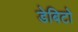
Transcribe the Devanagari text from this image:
डेबिटो